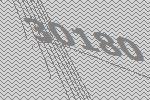
30180